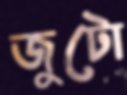
জুটো